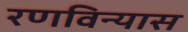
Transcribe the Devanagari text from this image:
रणविन्यास